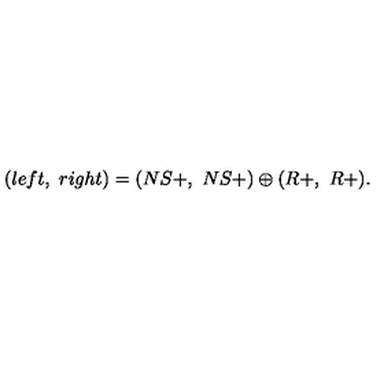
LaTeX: ( l e f t , \ r i g h t ) = ( N S + , \ N S + ) \oplus ( R + , \ R + ) .